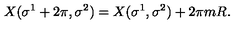
X ( \sigma ^ { 1 } + 2 \pi , \sigma ^ { 2 } ) = X ( \sigma ^ { 1 } , \sigma ^ { 2 } ) + 2 \pi m R .